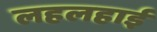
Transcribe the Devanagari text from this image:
लहलहाई